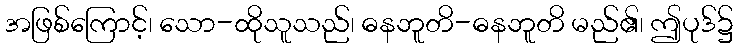
အဖြစ်ကြောင့်၊ သော-ထိုသူသည်၊ ဓနဘူတိ-ဓနဘူတိ မည်၏၊ ဤပုဒ်၌